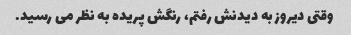
وقتی دیروز به دیدنش رفتم، رنگش پریده به نظر می رسید.